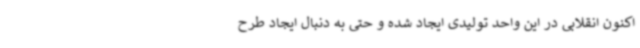
اکنون انقلابی در این واحد تولیدی ایجاد شده و حتی به دنبال ایجاد طرح